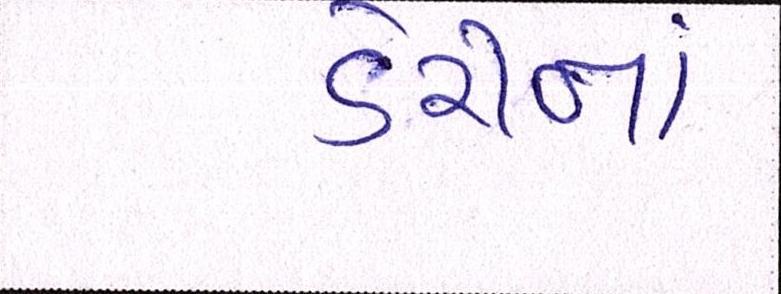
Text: ડેરીનાં